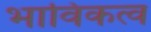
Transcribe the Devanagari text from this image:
भाविकत्व